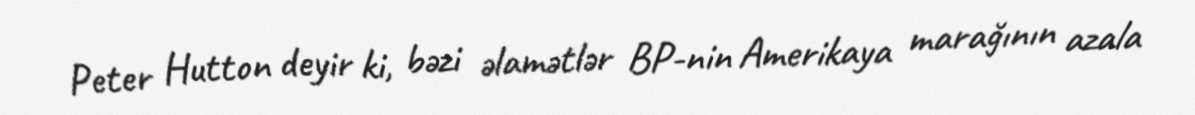
Peter Hutton deyir ki, bəzi əlamətlər BP-nin Amerikaya marağının azala